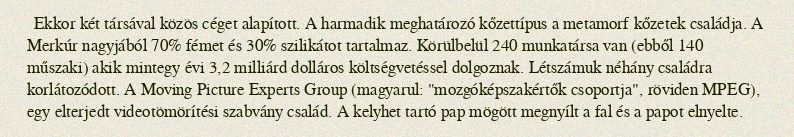
Ekkor két társával közös céget alapított. A harmadik meghatározó kőzettípus a metamorf kőzetek családja. A Merkúr nagyjából 70% fémet és 30% szilikátot tartalmaz. Körülbelül 240 munkatársa van (ebből 140 műszaki) akik mintegy évi 3,2 milliárd dolláros költségvetéssel dolgoznak. Létszámuk néhány családra korlátozódott. A Moving Picture Experts Group (magyarul: "mozgóképszakértők csoportja", röviden MPEG), egy elterjedt videotömörítési szabvány család. A kelyhet tartó pap mögött megnyílt a fal és a papot elnyelte.